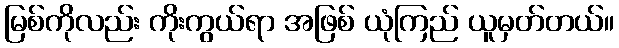
မြစ်ကိုလည်း ကိုးကွယ်ရာ အဖြစ် ယုံကြည် ယူမှတ်တယ်။